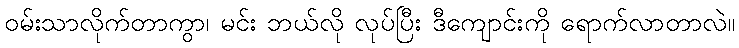
ဝမ်းသာလိုက်တာကွာ၊ မင်း ဘယ်လို လုပ်ပြီး ဒီကျောင်းကို ရောက်လာတာလဲ။